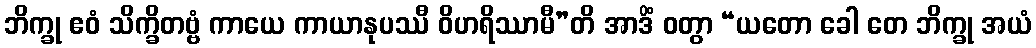
ဘိက္ခု ဧဝံ သိက္ခိတဗ္ဗံ ကာယေ ကာယာနုပဿီ ဝိဟရိဿာမီ”တိ အာဒိံ ဝတွာ “ယတော ခေါ တေ ဘိက္ခု အယံ